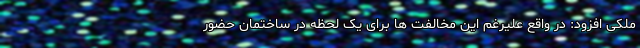
ملکی افزود: در واقع علیرغم این مخالفت ها برای یک لحظه در ساختمان حضور